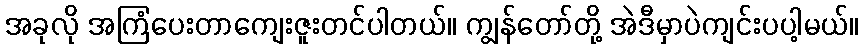
အခုလို အကြံပေးတာကျေးဇူးတင်ပါတယ်။ ကျွန်တော်တို့ အဲဒီမှာပဲကျင်းပပါ့မယ်။